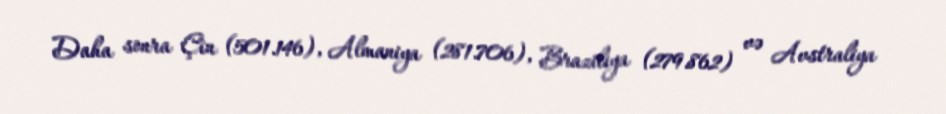
Daha sonra Çin (501.146), Almaniya (281.706), Braziliya (279.862) və Avstraliya